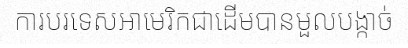
ការបរទេសអាមេរិកជាដើមបានមួលបង្កាច់